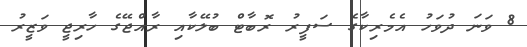
8 ވަނަ ދުވަހު އެމެރިކާގެ ސަފީރު ރޮބާޓް ބުލޭކާއި ރާއްޖޭގެ ހާރިޖީ ވަޒީރު